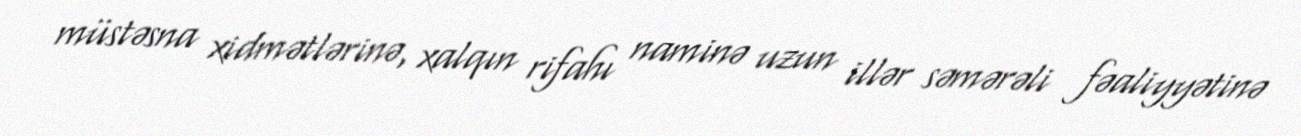
müstəsna xidmətlərinə, xalqın rifahı naminə uzun illər səmərəli fəaliyyətinə